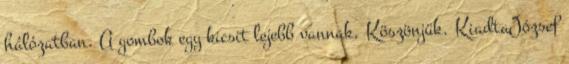
hálózatban. A gombok egy kicsit lejebb vannak. Köszönjük. KiadtaJózsef